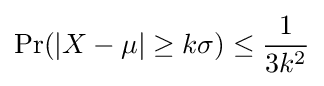
\Pr(|X-\mu |\geq k\sigma )\leq {\frac {1}{3k^{2}}}